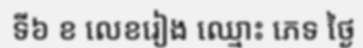
ទី៦ ខ លេខរៀង ឈ្មោះ ភេទ ថ្ងៃ